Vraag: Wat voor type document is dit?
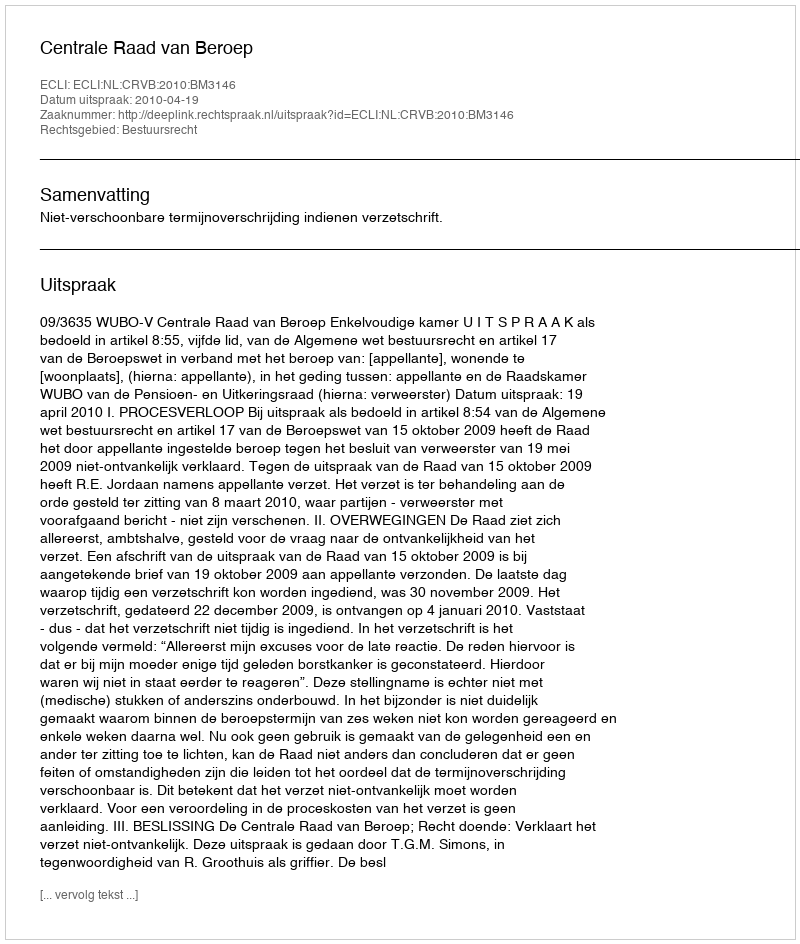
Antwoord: Uitspraak